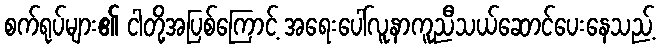
စက်ရုပ်များ၏ ငါတို့အပြစ်ကြောင့် အရေးပေါ်လူနာကူညီသယ်ဆောင်ပေးနေသည့်